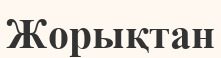
Жорықтан